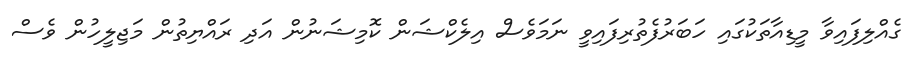
ގެއްލިފައިވާ މީޑިއާތަކުގައި ހަބަރުފެތުރިފައިވީ ނަމަވެސް އިލެކްޝަން ކޮމިޝަނުން އަދި ރައްޔިތުން މަޖިލީހުން ވެސް